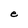
Character: e